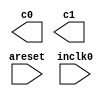
// megafunction wizard: %ALTPLL%VBB%
// GENERATION: STANDARD
// VERSION: WM1.0
// MODULE: altpll 

// ============================================================
// Megafunction Name(s):
// 			altpll
//
// Simulation Library Files(s):
// 			altera_mf
// ============================================================
// ************************************************************
// THIS IS A WIZARD-GENERATED FILE. DO NOT EDIT THIS FILE!
//
// 13.1.0 Build 162 10/23/2013 SJ Full Version
// ************************************************************

//Copyright (C) 1991-2013 Altera Corporation
//Your use of Altera Corporation's design tools, logic functions 
//and other software and tools, and its AMPP partner logic 
//functions, and any output files from any of the foregoing 
//(including device programming or simulation files), and any 
//associated documentation or information are expressly subject 
//to the terms and conditions of the Altera Program License 
//Subscription Agreement, Altera MegaCore Function License 
//Agreement, or other applicable license agreement, including, 
//without limitation, that your use is for the sole purpose of 
//programming logic devices manufactured by Altera and sold by 
//Altera or its authorized distributors.  Please refer to the 
//applicable agreement for further details.

module ip (
	areset,
	inclk0,
	c0,
	c1);

	input	  areset;
	input	  inclk0;
	output	  c0;
	output	  c1;
`ifndef ALTERA_RESERVED_QIS
// synopsys translate_off
`endif
	tri0	  areset;
`ifndef ALTERA_RESERVED_QIS
// synopsys translate_on
`endif

endmodule

// ============================================================
// CNX file retrieval info
// ============================================================
// Retrieval info: PRIVATE: ACTIVECLK_CHECK STRING "0"
// Retrieval info: PRIVATE: BANDWIDTH STRING "1.000"
// Retrieval info: PRIVATE: BANDWIDTH_FEATURE_ENABLED STRING "1"
// Retrieval info: PRIVATE: BANDWIDTH_FREQ_UNIT STRING "MHz"
// Retrieval info: PRIVATE: BANDWIDTH_PRESET STRING "Low"
// Retrieval info: PRIVATE: BANDWIDTH_USE_AUTO STRING "1"
// Retrieval info: PRIVATE: BANDWIDTH_USE_PRESET STRING "0"
// Retrieval info: PRIVATE: CLKBAD_SWITCHOVER_CHECK STRING "0"
// Retrieval info: PRIVATE: CLKLOSS_CHECK STRING "0"
// Retrieval info: PRIVATE: CLKSWITCH_CHECK STRING "0"
// Retrieval info: PRIVATE: CNX_NO_COMPENSATE_RADIO STRING "0"
// Retrieval info: PRIVATE: CREATE_CLKBAD_CHECK STRING "0"
// Retrieval info: PRIVATE: CREATE_INCLK1_CHECK STRING "0"
// Retrieval info: PRIVATE: CUR_DEDICATED_CLK STRING "c0"
// Retrieval info: PRIVATE: CUR_FBIN_CLK STRING "c0"
// Retrieval info: PRIVATE: DEVICE_SPEED_GRADE STRING "8"
// Retrieval info: PRIVATE: DIV_FACTOR0 NUMERIC "1"
// Retrieval info: PRIVATE: DIV_FACTOR1 NUMERIC "1"
// Retrieval info: PRIVATE: DUTY_CYCLE0 STRING "50.00000000"
// Retrieval info: PRIVATE: DUTY_CYCLE1 STRING "50.00000000"
// Retrieval info: PRIVATE: EFF_OUTPUT_FREQ_VALUE0 STRING "10.000000"
// Retrieval info: PRIVATE: EFF_OUTPUT_FREQ_VALUE1 STRING "12.000000"
// Retrieval info: PRIVATE: EXPLICIT_SWITCHOVER_COUNTER STRING "0"
// Retrieval info: PRIVATE: EXT_FEEDBACK_RADIO STRING "0"
// Retrieval info: PRIVATE: GLOCKED_COUNTER_EDIT_CHANGED STRING "1"
// Retrieval info: PRIVATE: GLOCKED_FEATURE_ENABLED STRING "0"
// Retrieval info: PRIVATE: GLOCKED_MODE_CHECK STRING "0"
// Retrieval info: PRIVATE: GLOCK_COUNTER_EDIT NUMERIC "1048575"
// Retrieval info: PRIVATE: HAS_MANUAL_SWITCHOVER STRING "1"
// Retrieval info: PRIVATE: INCLK0_FREQ_EDIT STRING "50.000"
// Retrieval info: PRIVATE: INCLK0_FREQ_UNIT_COMBO STRING "MHz"
// Retrieval info: PRIVATE: INCLK1_FREQ_EDIT STRING "100.000"
// Retrieval info: PRIVATE: INCLK1_FREQ_EDIT_CHANGED STRING "1"
// Retrieval info: PRIVATE: INCLK1_FREQ_UNIT_CHANGED STRING "1"
// Retrieval info: PRIVATE: INCLK1_FREQ_UNIT_COMBO STRING "MHz"
// Retrieval info: PRIVATE: INTENDED_DEVICE_FAMILY STRING "Cyclone IV E"
// Retrieval info: PRIVATE: INT_FEEDBACK__MODE_RADIO STRING "1"
// Retrieval info: PRIVATE: LOCKED_OUTPUT_CHECK STRING "0"
// Retrieval info: PRIVATE: LONG_SCAN_RADIO STRING "1"
// Retrieval info: PRIVATE: LVDS_MODE_DATA_RATE STRING "Not Available"
// Retrieval info: PRIVATE: LVDS_MODE_DATA_RATE_DIRTY NUMERIC "0"
// Retrieval info: PRIVATE: LVDS_PHASE_SHIFT_UNIT0 STRING "deg"
// Retrieval info: PRIVATE: LVDS_PHASE_SHIFT_UNIT1 STRING "ps"
// Retrieval info: PRIVATE: MIG_DEVICE_SPEED_GRADE STRING "Any"
// Retrieval info: PRIVATE: MIRROR_CLK0 STRING "0"
// Retrieval info: PRIVATE: MIRROR_CLK1 STRING "0"
// Retrieval info: PRIVATE: MULT_FACTOR0 NUMERIC "1"
// Retrieval info: PRIVATE: MULT_FACTOR1 NUMERIC "1"
// Retrieval info: PRIVATE: NORMAL_MODE_RADIO STRING "1"
// Retrieval info: PRIVATE: OUTPUT_FREQ0 STRING "10.00000000"
// Retrieval info: PRIVATE: OUTPUT_FREQ1 STRING "12.00000000"
// Retrieval info: PRIVATE: OUTPUT_FREQ_MODE0 STRING "1"
// Retrieval info: PRIVATE: OUTPUT_FREQ_MODE1 STRING "1"
// Retrieval info: PRIVATE: OUTPUT_FREQ_UNIT0 STRING "MHz"
// Retrieval info: PRIVATE: OUTPUT_FREQ_UNIT1 STRING "MHz"
// Retrieval info: PRIVATE: PHASE_RECONFIG_FEATURE_ENABLED STRING "1"
// Retrieval info: PRIVATE: PHASE_RECONFIG_INPUTS_CHECK STRING "0"
// Retrieval info: PRIVATE: PHASE_SHIFT0 STRING "0.00000000"
// Retrieval info: PRIVATE: PHASE_SHIFT1 STRING "0.00000000"
// Retrieval info: PRIVATE: PHASE_SHIFT_STEP_ENABLED_CHECK STRING "0"
// Retrieval info: PRIVATE: PHASE_SHIFT_UNIT0 STRING "deg"
// Retrieval info: PRIVATE: PHASE_SHIFT_UNIT1 STRING "ps"
// Retrieval info: PRIVATE: PLL_ADVANCED_PARAM_CHECK STRING "0"
// Retrieval info: PRIVATE: PLL_ARESET_CHECK STRING "1"
// Retrieval info: PRIVATE: PLL_AUTOPLL_CHECK NUMERIC "1"
// Retrieval info: PRIVATE: PLL_ENHPLL_CHECK NUMERIC "0"
// Retrieval info: PRIVATE: PLL_FASTPLL_CHECK NUMERIC "0"
// Retrieval info: PRIVATE: PLL_FBMIMIC_CHECK STRING "0"
// Retrieval info: PRIVATE: PLL_LVDS_PLL_CHECK NUMERIC "0"
// Retrieval info: PRIVATE: PLL_PFDENA_CHECK STRING "0"
// Retrieval info: PRIVATE: PLL_TARGET_HARCOPY_CHECK NUMERIC "0"
// Retrieval info: PRIVATE: PRIMARY_CLK_COMBO STRING "inclk0"
// Retrieval info: PRIVATE: RECONFIG_FILE STRING "ip.mif"
// Retrieval info: PRIVATE: SACN_INPUTS_CHECK STRING "0"
// Retrieval info: PRIVATE: SCAN_FEATURE_ENABLED STRING "1"
// Retrieval info: PRIVATE: SELF_RESET_LOCK_LOSS STRING "0"
// Retrieval info: PRIVATE: SHORT_SCAN_RADIO STRING "0"
// Retrieval info: PRIVATE: SPREAD_FEATURE_ENABLED STRING "0"
// Retrieval info: PRIVATE: SPREAD_FREQ STRING "50.000"
// Retrieval info: PRIVATE: SPREAD_FREQ_UNIT STRING "KHz"
// Retrieval info: PRIVATE: SPREAD_PERCENT STRING "0.500"
// Retrieval info: PRIVATE: SPREAD_USE STRING "0"
// Retrieval info: PRIVATE: SRC_SYNCH_COMP_RADIO STRING "0"
// Retrieval info: PRIVATE: STICKY_CLK0 STRING "1"
// Retrieval info: PRIVATE: STICKY_CLK1 STRING "1"
// Retrieval info: PRIVATE: SWITCHOVER_COUNT_EDIT NUMERIC "1"
// Retrieval info: PRIVATE: SWITCHOVER_FEATURE_ENABLED STRING "1"
// Retrieval info: PRIVATE: SYNTH_WRAPPER_GEN_POSTFIX STRING "0"
// Retrieval info: PRIVATE: USE_CLK0 STRING "1"
// Retrieval info: PRIVATE: USE_CLK1 STRING "1"
// Retrieval info: PRIVATE: USE_CLKENA0 STRING "0"
// Retrieval info: PRIVATE: USE_CLKENA1 STRING "0"
// Retrieval info: PRIVATE: USE_MIL_SPEED_GRADE NUMERIC "0"
// Retrieval info: PRIVATE: ZERO_DELAY_RADIO STRING "0"
// Retrieval info: LIBRARY: altera_mf altera_mf.altera_mf_components.all
// Retrieval info: CONSTANT: BANDWIDTH_TYPE STRING "AUTO"
// Retrieval info: CONSTANT: CLK0_DIVIDE_BY NUMERIC "5"
// Retrieval info: CONSTANT: CLK0_DUTY_CYCLE NUMERIC "50"
// Retrieval info: CONSTANT: CLK0_MULTIPLY_BY NUMERIC "1"
// Retrieval info: CONSTANT: CLK0_PHASE_SHIFT STRING "0"
// Retrieval info: CONSTANT: CLK1_DIVIDE_BY NUMERIC "25"
// Retrieval info: CONSTANT: CLK1_DUTY_CYCLE NUMERIC "50"
// Retrieval info: CONSTANT: CLK1_MULTIPLY_BY NUMERIC "6"
// Retrieval info: CONSTANT: CLK1_PHASE_SHIFT STRING "0"
// Retrieval info: CONSTANT: COMPENSATE_CLOCK STRING "CLK0"
// Retrieval info: CONSTANT: INCLK0_INPUT_FREQUENCY NUMERIC "20000"
// Retrieval info: CONSTANT: INTENDED_DEVICE_FAMILY STRING "Cyclone IV E"
// Retrieval info: CONSTANT: LPM_TYPE STRING "altpll"
// Retrieval info: CONSTANT: OPERATION_MODE STRING "NORMAL"
// Retrieval info: CONSTANT: PLL_TYPE STRING "AUTO"
// Retrieval info: CONSTANT: PORT_ACTIVECLOCK STRING "PORT_UNUSED"
// Retrieval info: CONSTANT: PORT_ARESET STRING "PORT_USED"
// Retrieval info: CONSTANT: PORT_CLKBAD0 STRING "PORT_UNUSED"
// Retrieval info: CONSTANT: PORT_CLKBAD1 STRING "PORT_UNUSED"
// Retrieval info: CONSTANT: PORT_CLKLOSS STRING "PORT_UNUSED"
// Retrieval info: CONSTANT: PORT_CLKSWITCH STRING "PORT_UNUSED"
// Retrieval info: CONSTANT: PORT_CONFIGUPDATE STRING "PORT_UNUSED"
// Retrieval info: CONSTANT: PORT_FBIN STRING "PORT_UNUSED"
// Retrieval info: CONSTANT: PORT_INCLK0 STRING "PORT_USED"
// Retrieval info: CONSTANT: PORT_INCLK1 STRING "PORT_UNUSED"
// Retrieval info: CONSTANT: PORT_LOCKED STRING "PORT_UNUSED"
// Retrieval info: CONSTANT: PORT_PFDENA STRING "PORT_UNUSED"
// Retrieval info: CONSTANT: PORT_PHASECOUNTERSELECT STRING "PORT_UNUSED"
// Retrieval info: CONSTANT: PORT_PHASEDONE STRING "PORT_UNUSED"
// Retrieval info: CONSTANT: PORT_PHASESTEP STRING "PORT_UNUSED"
// Retrieval info: CONSTANT: PORT_PHASEUPDOWN STRING "PORT_UNUSED"
// Retrieval info: CONSTANT: PORT_PLLENA STRING "PORT_UNUSED"
// Retrieval info: CONSTANT: PORT_SCANACLR STRING "PORT_UNUSED"
// Retrieval info: CONSTANT: PORT_SCANCLK STRING "PORT_UNUSED"
// Retrieval info: CONSTANT: PORT_SCANCLKENA STRING "PORT_UNUSED"
// Retrieval info: CONSTANT: PORT_SCANDATA STRING "PORT_UNUSED"
// Retrieval info: CONSTANT: PORT_SCANDATAOUT STRING "PORT_UNUSED"
// Retrieval info: CONSTANT: PORT_SCANDONE STRING "PORT_UNUSED"
// Retrieval info: CONSTANT: PORT_SCANREAD STRING "PORT_UNUSED"
// Retrieval info: CONSTANT: PORT_SCANWRITE STRING "PORT_UNUSED"
// Retrieval info: CONSTANT: PORT_clk0 STRING "PORT_USED"
// Retrieval info: CONSTANT: PORT_clk1 STRING "PORT_USED"
// Retrieval info: CONSTANT: PORT_clk2 STRING "PORT_UNUSED"
// Retrieval info: CONSTANT: PORT_clk3 STRING "PORT_UNUSED"
// Retrieval info: CONSTANT: PORT_clk4 STRING "PORT_UNUSED"
// Retrieval info: CONSTANT: PORT_clk5 STRING "PORT_UNUSED"
// Retrieval info: CONSTANT: PORT_clkena0 STRING "PORT_UNUSED"
// Retrieval info: CONSTANT: PORT_clkena1 STRING "PORT_UNUSED"
// Retrieval info: CONSTANT: PORT_clkena2 STRING "PORT_UNUSED"
// Retrieval info: CONSTANT: PORT_clkena3 STRING "PORT_UNUSED"
// Retrieval info: CONSTANT: PORT_clkena4 STRING "PORT_UNUSED"
// Retrieval info: CONSTANT: PORT_clkena5 STRING "PORT_UNUSED"
// Retrieval info: CONSTANT: PORT_extclk0 STRING "PORT_UNUSED"
// Retrieval info: CONSTANT: PORT_extclk1 STRING "PORT_UNUSED"
// Retrieval info: CONSTANT: PORT_extclk2 STRING "PORT_UNUSED"
// Retrieval info: CONSTANT: PORT_extclk3 STRING "PORT_UNUSED"
// Retrieval info: CONSTANT: WIDTH_CLOCK NUMERIC "5"
// Retrieval info: USED_PORT: @clk 0 0 5 0 OUTPUT_CLK_EXT VCC "@clk[4..0]"
// Retrieval info: USED_PORT: areset 0 0 0 0 INPUT GND "areset"
// Retrieval info: USED_PORT: c0 0 0 0 0 OUTPUT_CLK_EXT VCC "c0"
// Retrieval info: USED_PORT: c1 0 0 0 0 OUTPUT_CLK_EXT VCC "c1"
// Retrieval info: USED_PORT: inclk0 0 0 0 0 INPUT_CLK_EXT GND "inclk0"
// Retrieval info: CONNECT: @areset 0 0 0 0 areset 0 0 0 0
// Retrieval info: CONNECT: @inclk 0 0 1 1 GND 0 0 0 0
// Retrieval info: CONNECT: @inclk 0 0 1 0 inclk0 0 0 0 0
// Retrieval info: CONNECT: c0 0 0 0 0 @clk 0 0 1 0
// Retrieval info: CONNECT: c1 0 0 0 0 @clk 0 0 1 1
// Retrieval info: GEN_FILE: TYPE_NORMAL ip.v TRUE
// Retrieval info: GEN_FILE: TYPE_NORMAL ip.ppf TRUE
// Retrieval info: GEN_FILE: TYPE_NORMAL ip.inc FALSE
// Retrieval info: GEN_FILE: TYPE_NORMAL ip.cmp FALSE
// Retrieval info: GEN_FILE: TYPE_NORMAL ip.bsf FALSE
// Retrieval info: GEN_FILE: TYPE_NORMAL ip_inst.v TRUE
// Retrieval info: GEN_FILE: TYPE_NORMAL ip_bb.v TRUE
// Retrieval info: LIB_FILE: altera_mf
// Retrieval info: CBX_MODULE_PREFIX: ON